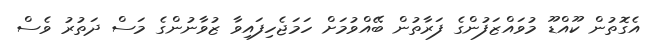
އެގޮތުން ކޫއްޑޫ މުވައްޒަފުންގެ ފަރާތުން ބޭއްވުމަށް ހަމަޖެހިފައިވާ ޒުވާނުންގެ މަސް ދަތުރު ވެސް